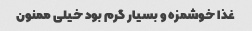
غذا خوشمزه و بسیار گرم بود خیلی ممنون